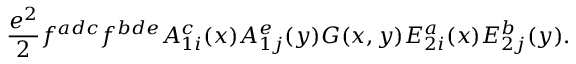
{ \frac { e ^ { 2 } } { 2 } } f ^ { a d c } f ^ { b d e } A _ { 1 i } ^ { c } ( x ) A _ { 1 j } ^ { e } ( y ) G ( x , y ) E _ { 2 i } ^ { a } ( x ) E _ { 2 j } ^ { b } ( y ) .